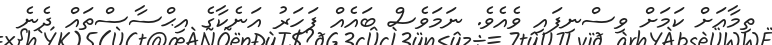
ތިމާއަށް ކަމަށް ވިސްނިފައި ވެއެވެ. ނަމަވެސް ބައެއް ފަހަރު އަނެކާގެ އިޙްސާސްތައް ދެނެ